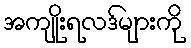
အကျိုးရလဒ်များကို